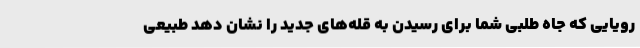
رویایی که جاه طلبی شما برای رسیدن به قله‌های جدید را نشان دهد طبیعی